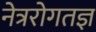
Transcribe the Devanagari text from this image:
नेत्ररोगतज्ञ